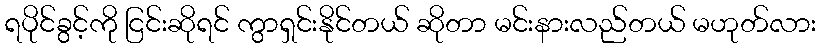
ရပိုင်ခွင့်ကို ငြင်းဆိုရင် ကွာရှင်းနိုင်တယ် ဆိုတာ မင်းနားလည်တယ် မဟုတ်လား